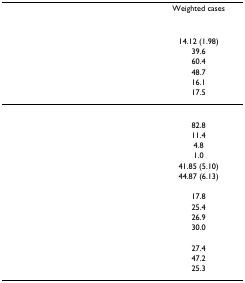
<table><thead><tr><td>[EMPTY_CELL]</td><td><b>Weighted cases</b></td></tr></thead><tbody><tr><td>[EMPTY_CELL]</td><td>[EMPTY_CELL]</td></tr><tr><td>[EMPTY_CELL]</td><td>14.12 (1.98)</td></tr><tr><td>[EMPTY_CELL]</td><td>39.6</td></tr><tr><td>[EMPTY_CELL]</td><td>60.4</td></tr><tr><td>[EMPTY_CELL]</td><td>48.7</td></tr><tr><td>[EMPTY_CELL]</td><td>16.1</td></tr><tr><td>[EMPTY_CELL]</td><td>17.5</td></tr><tr><td>[EMPTY_CELL]</td><td>[EMPTY_CELL]</td></tr><tr><td>[EMPTY_CELL]</td><td>82.8</td></tr><tr><td>[EMPTY_CELL]</td><td>11.4</td></tr><tr><td>[EMPTY_CELL]</td><td>4.8</td></tr><tr><td>[EMPTY_CELL]</td><td>1.0</td></tr><tr><td>[EMPTY_CELL]</td><td>41.85 (5.10)</td></tr><tr><td>[EMPTY_CELL]</td><td>44.87 (6.13)</td></tr><tr><td>[EMPTY_CELL]</td><td>[EMPTY_CELL]</td></tr><tr><td>[EMPTY_CELL]</td><td>17.8</td></tr><tr><td>[EMPTY_CELL]</td><td>25.4</td></tr><tr><td>[EMPTY_CELL]</td><td>26.9</td></tr><tr><td>[EMPTY_CELL]</td><td>30.0</td></tr><tr><td>[EMPTY_CELL]</td><td>[EMPTY_CELL]</td></tr><tr><td>[EMPTY_CELL]</td><td>27.4</td></tr><tr><td>[EMPTY_CELL]</td><td>47.2</td></tr><tr><td>[EMPTY_CELL]</td><td>25.3</td></tr></tbody></table>